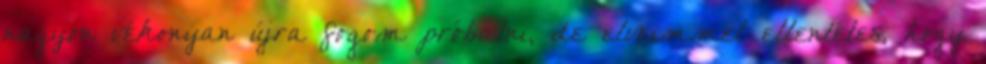
nagyon vékonyan újra fogom próbálni, de elveimmel ellentétes, hogy